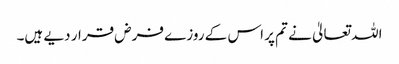
اللہ تعالیٰ نے تم پر اس کے روزے فرض قرار دیے ہیں۔